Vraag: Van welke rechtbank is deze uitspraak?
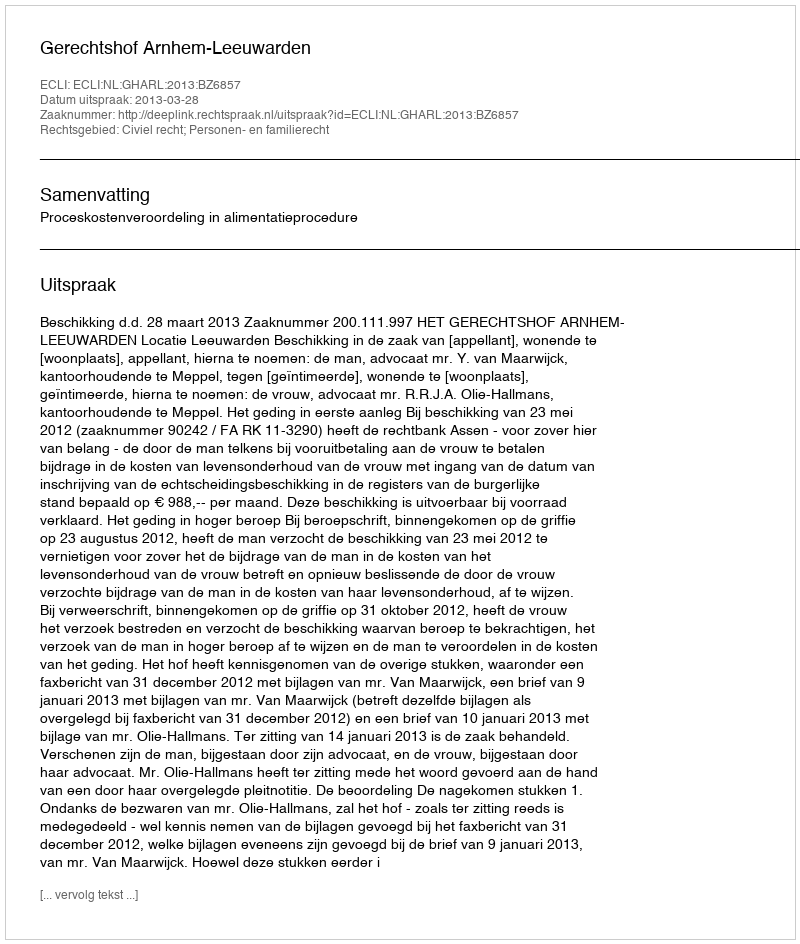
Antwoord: Gerechtshof Arnhem-Leeuwarden